Ridala_vallavalitsus, lk 4
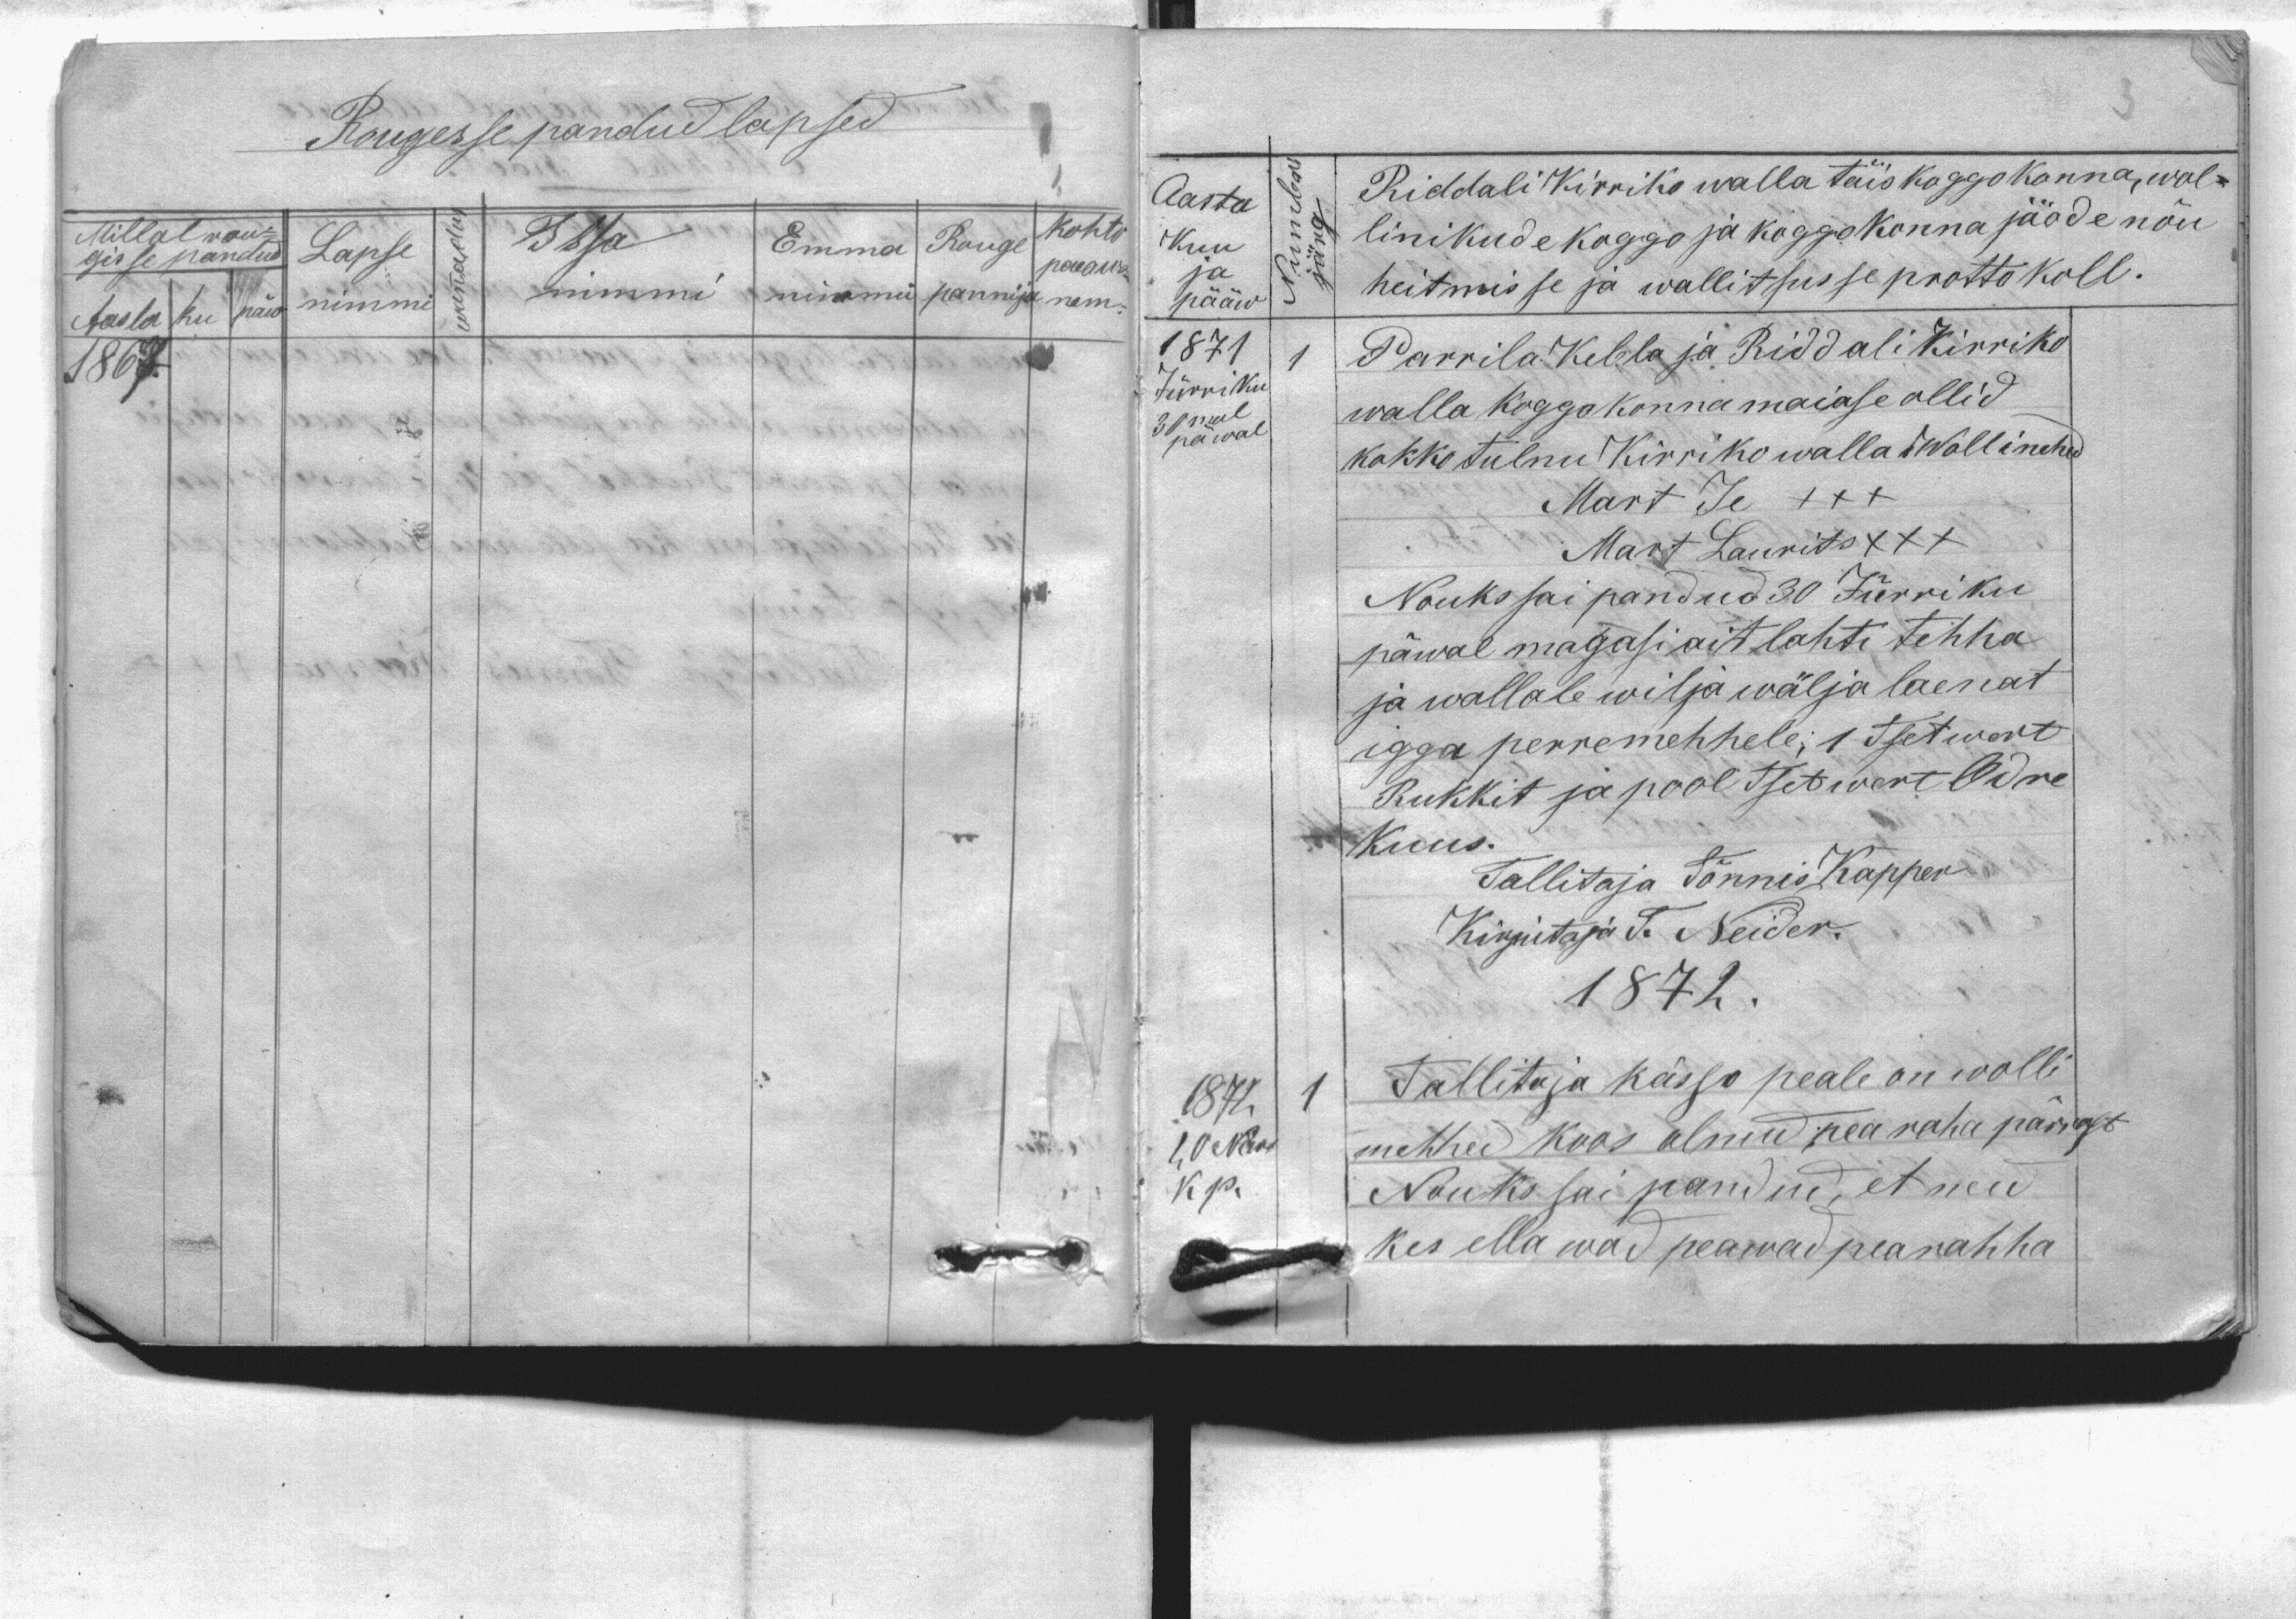
Rougesse pandud lapsed
Millal rou-
Issa
Emma
Rouge
gisse pandud
Lapse
nimmi
nimmi
pannija
Aasta ku päew
nimmi
1867
Kohto
penawa-
nem
wanadus

Aasta
Kuu
ja
pääw
1871
Jürriku
30mal
päwal
1872
10 Nowr
k.p.
Riddali Kirriko walla täiskoggokonna, wol-
linikude koggo ja koggokonna jäode nõu
heitmisse ja wallitsusse prottokoll.
Parrila Kebla ja Riddali Kirriko
walla koggokonna maiase ollid
kokko tulnu Kiriko walla Wollimehed
Mart Je XXX
Mart Laurits XXX
Nouks sai pandud 30 Jüüriku
päwal magasi ait lahti tehha
ja wallale wilja wälja laenat
igga perremehhele: 1 Tsetwert
Rukkit ja pool Tsetwert Odre
Kuus
Tallitaja Tõnnis Kapper
Kirjutaja T. Neider
1872.
Tallitaja kässo peale on wolli
mehhed koos olnud pea rahha pärrast
Nouks sai mandud, et need
kes ellawad peawad pearahha